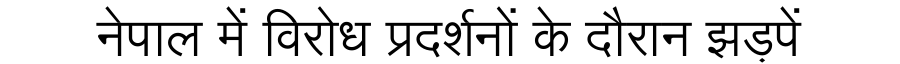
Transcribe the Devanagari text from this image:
नेपाल में विरोध प्रदर्शनों के दौरान झड़पें